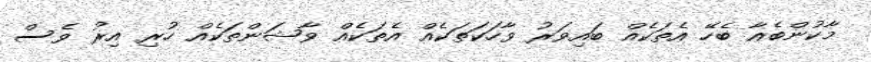
މާކުންބެއާ ބެހޭ އެތަކެއް ބައިވަރު ވާހަކަތަކެއް އެތަކެއް ވާޝަންތަކެއް ހުރި އިރު ވެސް